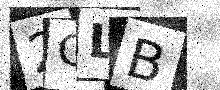
Text: 2GLB